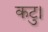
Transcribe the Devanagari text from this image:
कटु।